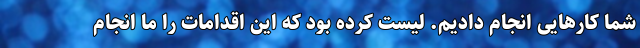
شما کارهایی انجام دادیم. لیست کرده بود که این اقدامات را ما انجام